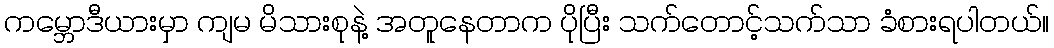
ကမ္ဘောဒီယားမှာ ကျမ မိသားစုနဲ့ အတူနေတာက ပိုပြီး သက်တောင့်သက်သာ ခံစားရပါတယ်။